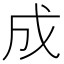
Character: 成